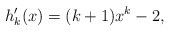
\begin{align*}h_k'(x) = (k+1)x^k -2,\end{align*}